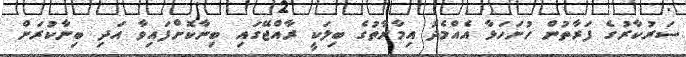
ސަރުކާރުގެ ފަރާތުން ހުށަހަޅާ އެއްމެދު އިމާރާތުގެ ބިލަކީ ރާއްޖޭގައި ބިނާކޮށްފައިވާ އަދި ބިނާކުރަން